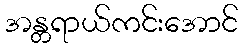
အန္တရာယ်ကင်းအောင်